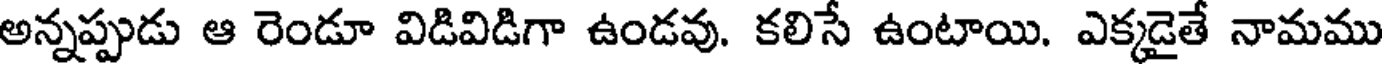
అన్నప్పుడు ఆ రెండూ విడివిడిగా ఉండవు. కలిసే ఉంటాయి. ఎక్కడైతే నామము